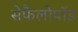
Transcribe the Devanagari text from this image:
सेफैलोपॉड